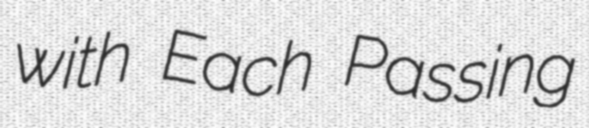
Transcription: with Each Passing